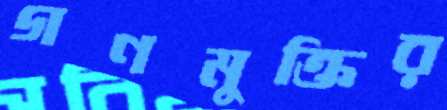
গণমুক্তির